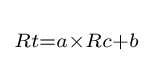
\scriptstyle {Rt=a\times Rc+b}